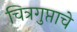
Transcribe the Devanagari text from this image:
चित्रगुप्ताचे